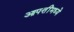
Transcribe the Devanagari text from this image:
आपत्तींमध्ये